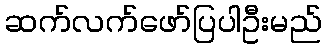
ဆက်လက်ဖော်ပြပါဦးမည်